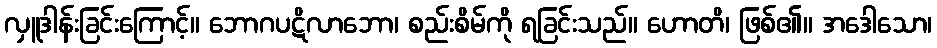
လှူဒါန်းခြင်းကြောင့်။ ဘောဂပဋိလာဘော၊ စည်းစိမ်ကို ရခြင်းသည်။ ဟောတိ၊ ဖြစ်၏။ အဒေါသော၊